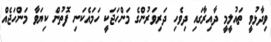
ވިދާޅުވީ ތައުލީމީ ދާއިރާގައި ދިވެހި ދަރިވަރުންގެ މަންހަޖަކީ ހަމައެކަނި ފޮތުން ކިޔަވާ މަންހަޖެއް